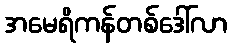
အမေရိကန်တစ်ဒေါ်လာ